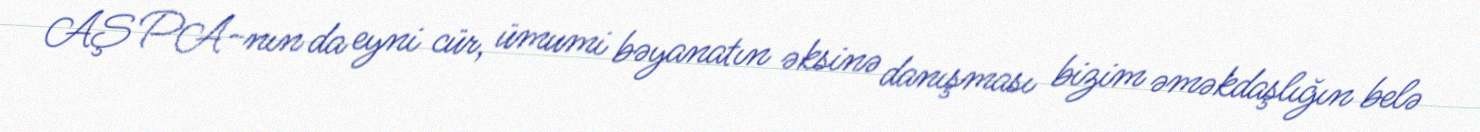
AŞ PA-nın da eyni cür, ümumi bəyanatın əksinə danışması bizim əməkdaşlığın belə